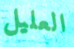
العليل